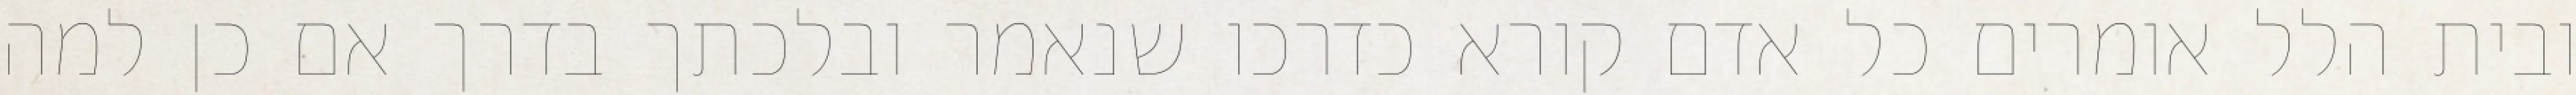
ובית הלל אומרים כל אדם קורא כדרכו שנאמר ובלכתך בדרך אם כן למה